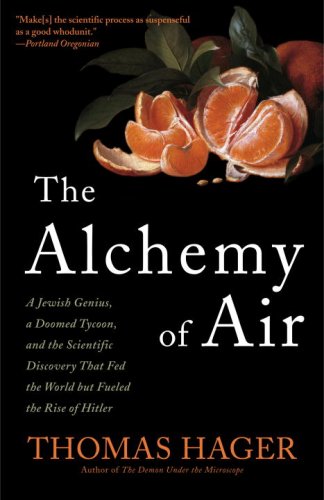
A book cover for The Alchemy of Air: A Jewish Genius, a Doomed Tycoon, and the Scientific Discovery That Fed the World but Fueled the Rise of Hitler; Thomas Hager; Biographies & Memoirs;